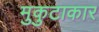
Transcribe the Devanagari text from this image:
मुकुटाकार